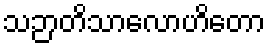
သဉာတိသာလောဟိတော